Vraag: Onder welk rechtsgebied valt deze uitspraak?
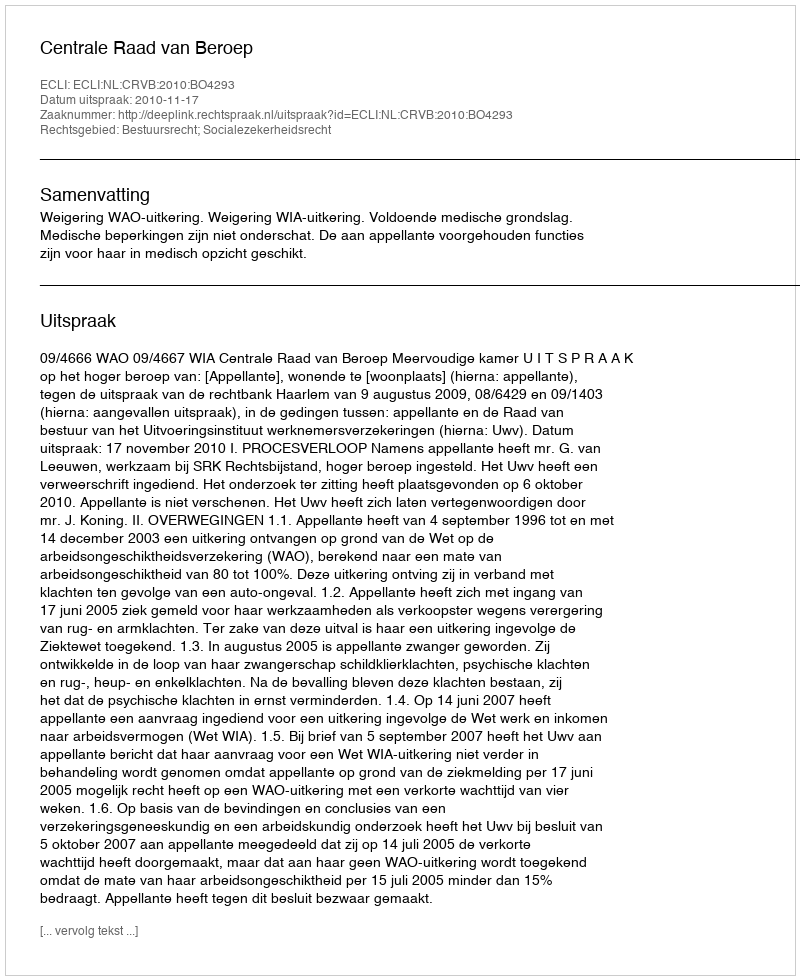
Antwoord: Bestuursrecht; Socialezekerheidsrecht